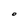
Character: O